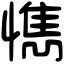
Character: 懏